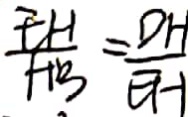
\frac { E H } { H B } = \frac { D H } { E H }